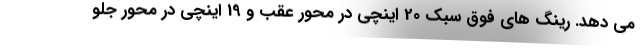
می دهد. رینگ های فوق سبک 20 اینچی در محور عقب و 19 اینچی در محور جلو